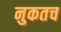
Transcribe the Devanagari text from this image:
नुकतच